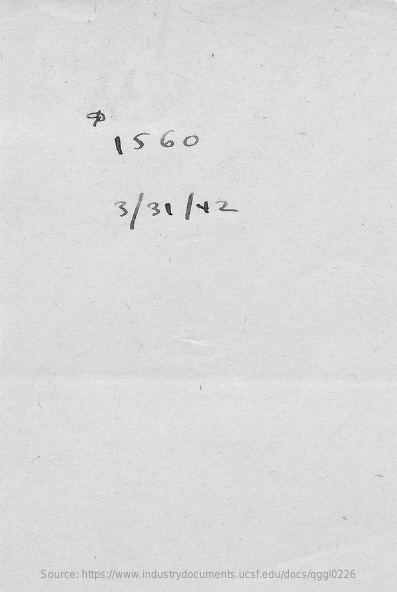
1560
     3/31    / 42
     Source: https://www.industrydocuments.ucsf.edu/docs/qggl0226